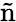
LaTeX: \tilde{\mathrm n}